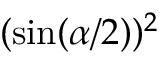
( \sin ( \alpha / 2 ) ) ^ { 2 }